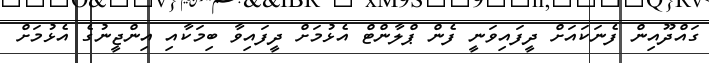
ގައްދޫއިން ފެނަކައަށް ދީފައިވަނީ ފެން ޕްލާންޓް އެޅުމަށް ދީފައިވާ ބިމަކާއި އިންޖީނުގެ އެޅުމަށް